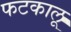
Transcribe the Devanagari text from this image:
फटकालू